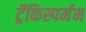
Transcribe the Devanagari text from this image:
ट्रॅकिस्पर्मम